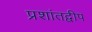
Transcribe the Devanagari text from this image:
प्रशांतद्वीप